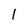
Character: l